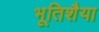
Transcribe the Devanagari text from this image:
भूतिशैया